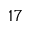
^ { 1 7 }